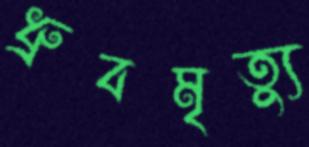
ধ্রুবমৃত্যু